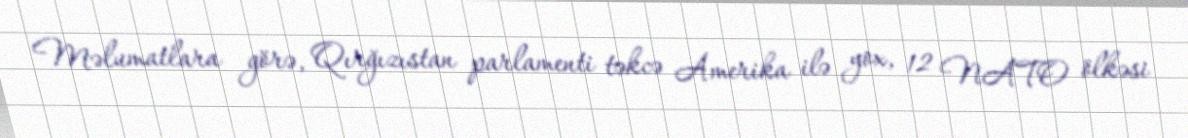
Məlumatlara görə, Qırğızıstan parlamenti təkcə Amerika ilə yox, 12 NATO ölkəsi